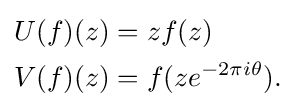
{\begin{aligned}U(f)(z)&=zf(z)\\V(f)(z)&=f(ze^{-2\pi i\theta }).\end{aligned}}